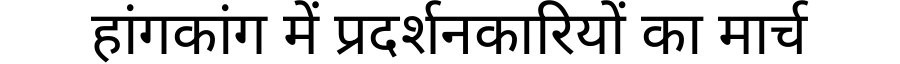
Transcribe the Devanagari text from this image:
हांगकांग में प्रदर्शनकारियों का मार्च